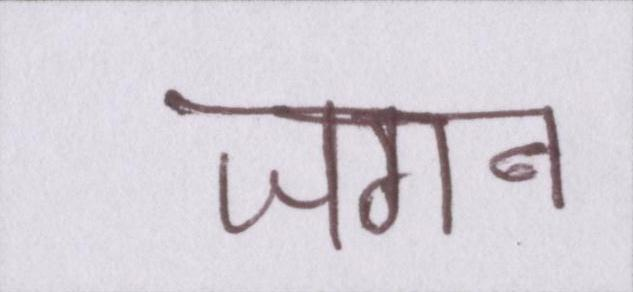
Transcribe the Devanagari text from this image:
जगन